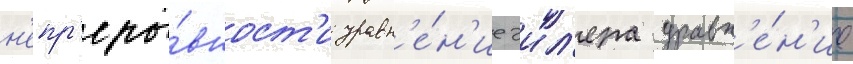
н'епр'еры́вност'и уравн'е́н'ие эил'ера уравн'е́н'ие